Indian journal of veterinary science and animal husbandry - Volumes 26-27, 1956-1957
Year: 1956
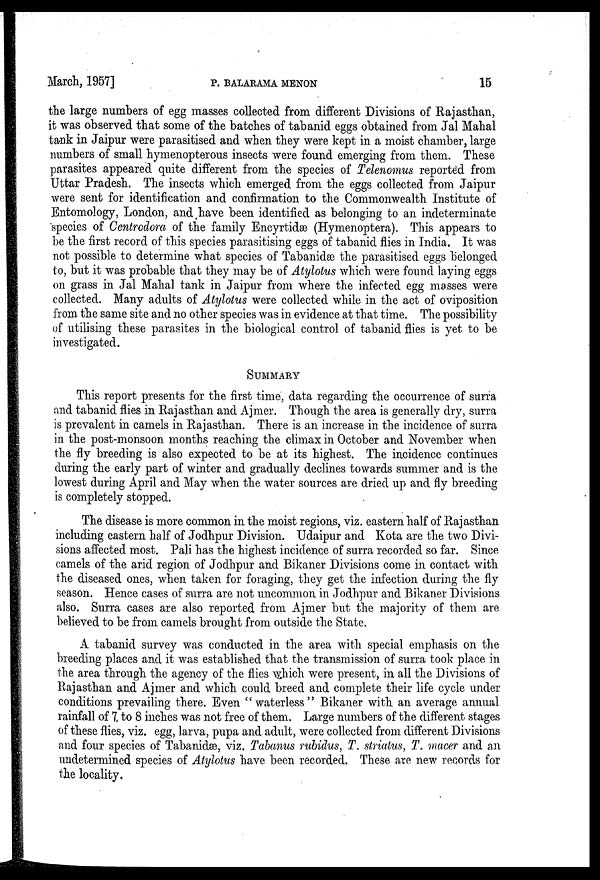
March, 1957]
P.
BALARAMA
MENON
15
the large numbers of egg masses collected from different Divisions of Rajasthan,
it was observed that some of the batches of tabanid eggs obtained from Jal Mahal
tank in Jaipur were parasitised and when they were kept in a moist chamber, large
numbers of small hymenopterous insects were found emerging from them. These
parasites appeared quite different from the species of Telenomus reported from
Uttar Pradesh. The insects which emerged from the eggs collected from Jaipur
were sent for identification and confirmation to the Commonwealth Institute of
Entomology, London, and have been identified as belonging to an indeterminate
species of Centrodora of the family Encyrtidæ (Hymenoptera). This appears to
be the first record of this species parasitising eggs of tabanid flies in India. It was
not possible to determine what species of Tabanidæ the parasitised eggs belonged
to, but it was probable that they may be of Atylotus which were found laying eggs
on grass in Jal Mahal tank in Jaipur from where the infected egg masses were
collected. Many adults of Atylotus were collected while in the act of oviposition
from the same site and no other species was in evidence at that time. The possibility
of utilising these parasites in the biological control of tabanid flies is yet to be
investigated.
SUMMARY
This report presents for the first time, data regarding the occurrence of surra
and tabanid flies in Rajasthan and Ajmer. Though the area is generally dry, surra
is prevalent in camels in Rajasthan. There is an increase in the incidence of surra
in the post-monsoon months reaching the climax in October and November when
the fly breeding is also expected to be at its highest. The incidence continues
during the early part of winter and gradually declines towards summer and is the
lowest during April and May when the water sources are dried up and fly breeding
is completely stopped.
The disease is more common in the moist regions, viz. eastern half of Rajasthan
including eastern half of Jodhpur Division. Udaipur and Kota are the two Divi-
sions affected most. Pali has the highest incidence of surra recorded so far. Since
camels of the arid region of Jodhpur and Bikaner Divisions come in contact with
the diseased ones, when taken for foraging, they get the infection during the fly
season. Hence cases of surra are not uncommon in Jodhpur and Bikaner Divisions
also. Surra cases are also reported from Ajmer but the majority of them are
believed to be from camels brought from outside the State.
A tabanid survey was conducted in the area with special emphasis on the
breeding places and it was established that the transmission of surra took place in
the area through the agency of the flies which were present, in all the Divisions of
Rajasthan and Ajmer and which could breed and complete their life cycle under
conditions prevailing there. Even " waterless " Bikaner with an average annual
rainfall of 7. to 8 inches was not free of them. Large numbers of the different stages
of these flies, viz. egg, larva, pupa and adult, were collected from different Divisions
and four species of Tabanidæ, viz. Tabanus rubidus, T. striatus, T. macer and an
undetermined species of Atylotus have been recorded. These are new records for
the locality.